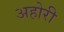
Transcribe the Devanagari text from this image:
अहोरी